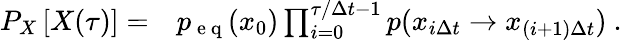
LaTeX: \begin{array}{rl}{P_{X}\left[X(\tau)\right]=}&{{}p_{\mathrm{~e~q~}}(x_{0})\prod_{i=0}^{\tau/\Delta t-1}p(x_{i\Delta t}\to x_{(i+1)\Delta t})\ .}\end{array}